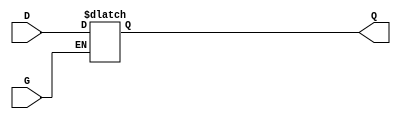
module GatedTransparentLatch (
    input wire D,  // Data Input
    input wire G,  // Gate/Control Input
    output reg Q   // Output
);

// Always block triggered by changes in G or D
always @(*) begin
    if (G) begin
        Q = D;  // When G is high, Q follows D
    end
    // When G is low, Q retains its previous value (latched state)
end

endmodule